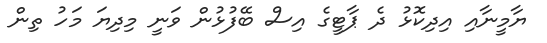
ޔާމީނާއި އިދިކޮޅު ދެ ޕާޓީގެ އިސް ބޭފުޅުން ވަނީ މިދިޔަ މަހު ތިން